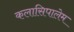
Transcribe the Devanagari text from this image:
कलासिपालेम